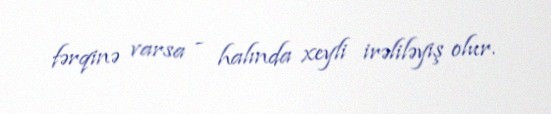
fərqinə varsa - halında xeyli irəliləyiş olur.